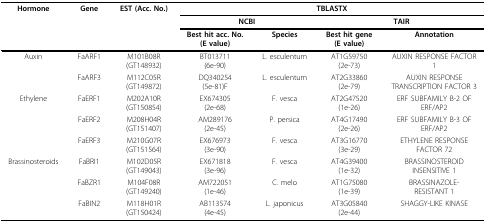
<table><thead><tr><td><b>Hormone</b></td><td><b>Gene</b></td><td><b>EST (Acc. No.)</b></td><td colspan="4"><b>TBLASTX</b></td></tr><tr><td>[EMPTY_CELL]</td><td>[EMPTY_CELL]</td><td>[EMPTY_CELL]</td><td colspan="2"><b>NCBI</b></td><td colspan="2"><b>TAIR</b></td></tr><tr><td>[EMPTY_CELL]</td><td>[EMPTY_CELL]</td><td>[EMPTY_CELL]</td><td><b>Best hit acc. No.(E value)</b></td><td><b>Species</b></td><td><b>Best hit gene(E value)</b></td><td><b>Annotation</b></td></tr></thead><tbody><tr><td>Auxin</td><td>FaARF1</td><td>M101B08R(GT148932)</td><td>BT013711(6e-90)</td><td>L. esculentum</td><td>AT1G59750(2e-73)</td><td>AUXIN RESPONSE FACTOR1</td></tr><tr><td>[EMPTY_CELL]</td><td>FaARF3</td><td>M112C05R(GT149872)</td><td>DQ340254(5e-81)F</td><td>L. esculentum</td><td>AT2G33860(2e-79)</td><td>AUXIN RESPONSETRANSCRIPTION FACTOR 3</td></tr><tr><td>Ethylene</td><td>FaERF1</td><td>M202A10R(GT150854)</td><td>EX674305(2e-68)</td><td>F. vesca</td><td>AT2G47520(1e-26)</td><td>ERF SUBFAMILY B-2 OFERF/AP2</td></tr><tr><td>[EMPTY_CELL]</td><td>FaERF2</td><td>M208H04R(GT151407)</td><td>AM289176(2e-45)</td><td>P. persica</td><td>AT4G17490(2e-26)</td><td>ERF SUBFAMILY B-3 OFERF/AP2</td></tr><tr><td>[EMPTY_CELL]</td><td>FaERF3</td><td>M210G07R(GT151564)</td><td>EX676973(3e-90)</td><td>F. vesca</td><td>AT3G16770(3e-29)</td><td>ETHYLENE RESPONSEFACTOR 72</td></tr><tr><td>Brassinosteroids</td><td>FaBRI1</td><td>M102D05R(GT149043)</td><td>EX671818(3e-96)</td><td>F. vesca</td><td>AT4G39400(1e-32)</td><td>BRASSINOSTEROIDINSENSITIVE 1</td></tr><tr><td>[EMPTY_CELL]</td><td>FaBZR1</td><td>M104F08R(GT149240)</td><td>AM722051(1e-46)</td><td>C. melo</td><td>AT1G75080(1e-39)</td><td>BRASSINAZOLE-RESISTANT 1</td></tr><tr><td>[EMPTY_CELL]</td><td>FaBIN2</td><td>M118H01R(GT150424)</td><td>AB113574(4e-45)</td><td>L. japonicus</td><td>AT3G05840(2e-44)</td><td>SHAGGY-LIKE KINASE</td></tr></tbody></table>